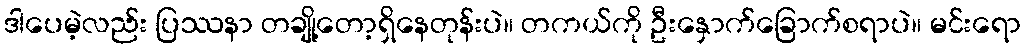
ဒါပေမဲ့လည်း ပြဿနာ တချို့တော့ရှိနေတုန်းပဲ။ တကယ်ကို ဦးနှောက်ခြောက်စရာပဲ။ မင်းရော